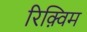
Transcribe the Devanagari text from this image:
रिक़्विम